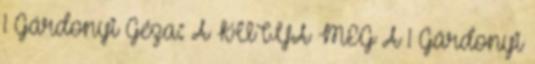
1 Gárdonyi Géza: A KUTYA MEG A 1 Gárdonyi